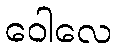
ဝေါလေ